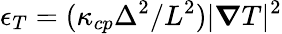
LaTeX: \epsilon_{T}=(\kappa_{cp}\Delta^{2}/L^{2})|\boldsymbol{\nabla}T|^{2}